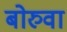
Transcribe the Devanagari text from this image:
बोरुवा